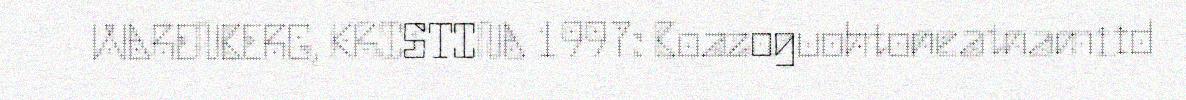
WARENBERG, KRISTINA 1997: Boazoguohtoneatnamiid